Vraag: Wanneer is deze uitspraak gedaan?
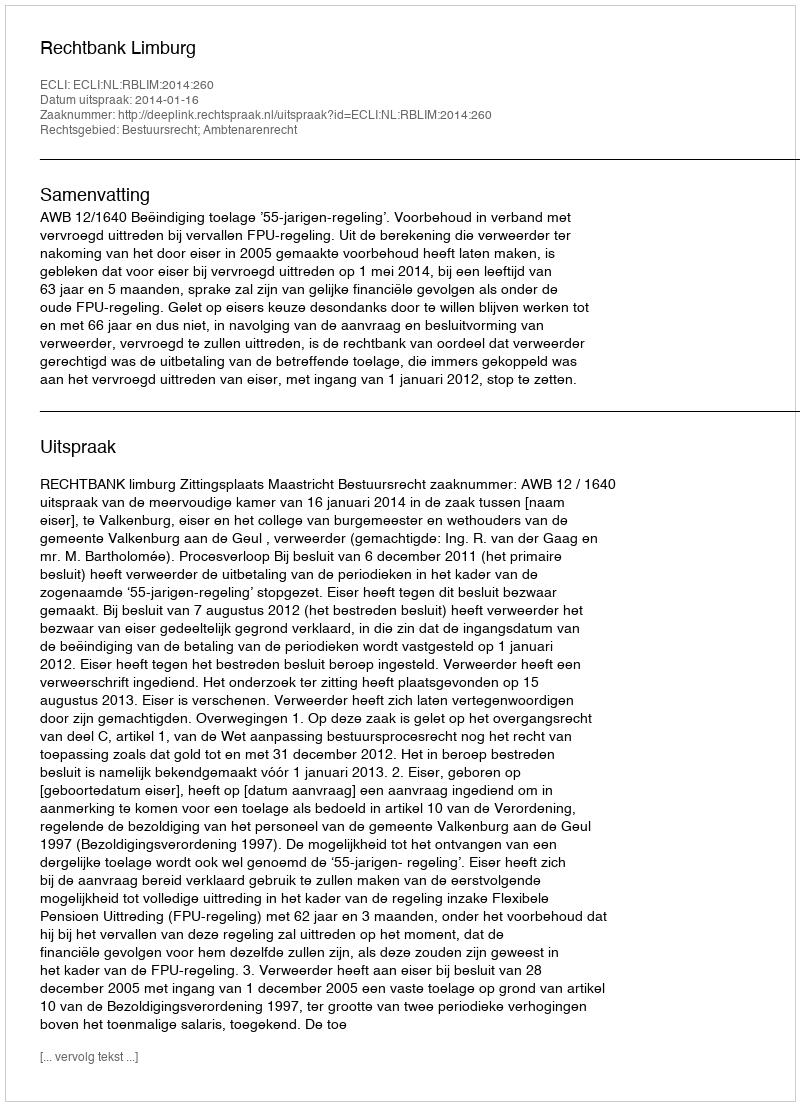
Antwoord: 2014-01-16